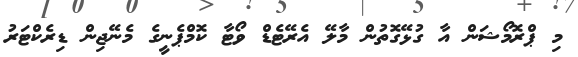
މި ޕްރޮމޯޝަން އާ ގުޅޭގޮތުން މާލޭ އެރޭޓެޑް ވޯޓާ ކޮމްޕެނީގެ މެނޭޖިން ޑިރެކްޓަރު